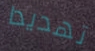
تهديدا